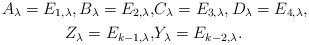
LaTeX: \begin{align*}A_\lambda = E_{1,\lambda},B_\lambda = E_{2,\lambda},&C_\lambda = E_{3,\lambda},D_\lambda = E_{4,\lambda},\\Z_\lambda = E_{k-1,\lambda},&Y_\lambda = E_{k-2,\lambda}.\\\end{align*}